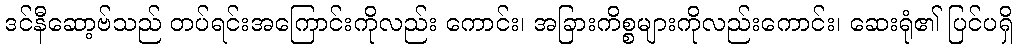
ဒင်နီဆော့ဗ်သည် တပ်ရင်းအကြောင်းကိုလည်း ကောင်း၊ အခြားကိစ္စများကိုလည်းကောင်း၊ ဆေးရုံ၏ ပြင်ပရှိ